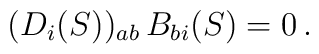
(D_i(S))_{ab} \, B_{bi}(S) = 0\,.